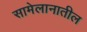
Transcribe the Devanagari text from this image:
सामेलानातील